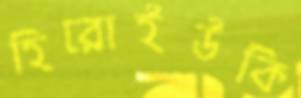
হিরোইউকি